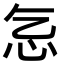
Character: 𢖴